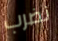
نضرب